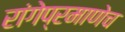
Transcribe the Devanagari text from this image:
रांगेप्रमाणेच